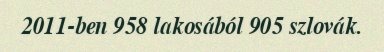
2011-ben 958 lakosából 905 szlovák.